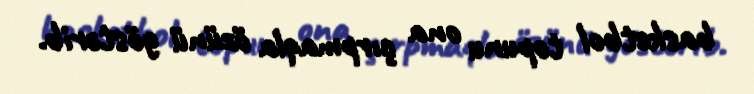
basketbol topunu ona çırpmaqla özünü göstərib.